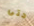
حتى